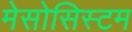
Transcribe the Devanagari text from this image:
मेसोसिस्टम